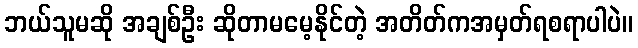
ဘယ်သူမဆို အချစ်ဦး ဆိုတာမမေ့နိုင်တဲ့ အတိတ်ကအမှတ်ရစရာပါပဲ။